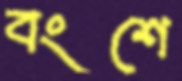
বংশে